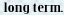
long term.